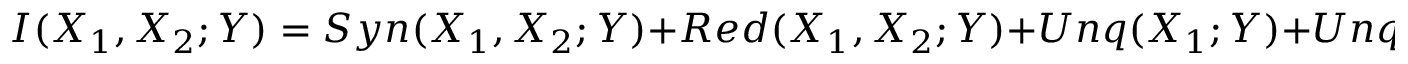
I ( X _ { 1 } , X _ { 2 } ; Y ) = S y n ( X _ { 1 } , X _ { 2 } ; Y ) + R e d ( X _ { 1 } , X _ { 2 } ; Y ) + U n q ( X _ { 1 } ; Y ) + U n q ( X _ { 2 } ; Y )